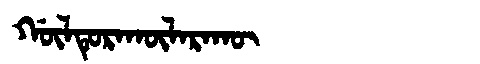
Manchu: ᡤᡡᠯᡨᡠᡵᠠᡴᡡᠯᠠᡵᠠᡴᡡ
Romanization: GŪLTURAKŪLARAKŪ